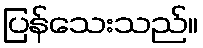
ပြန်သေးသည်။